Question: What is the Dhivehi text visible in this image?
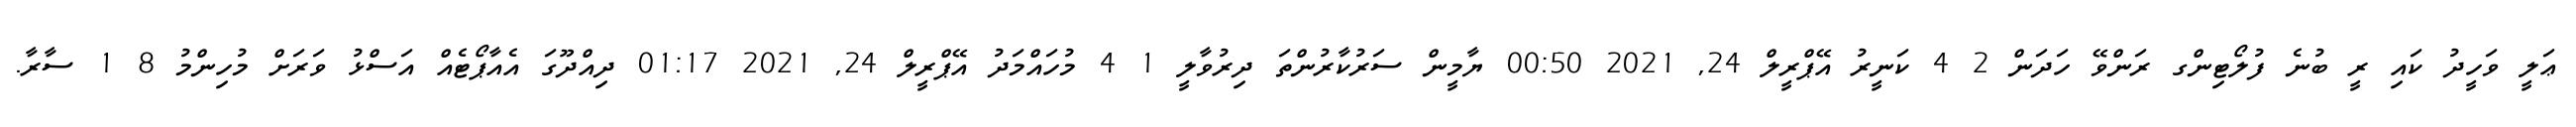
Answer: ޢަލީ ވަހީދު ކައި ރީ ބުނެ ފުލޯޓިންގ ރަންވޭ ހަދަން 2 4 ކަނީރު އޭޕްރީލް 24, 2021 00:50 ޔާމީން ސަރުކާރުންތަ ދިރުވާލީ 1 4 މުހައްމަދު އޭޕްރީލް 24, 2021 01:17 ދިއްދޫގަ އެއާޕޯޓެއް އަސްޅު ވަރަށް މުހިންމު 8 1 ސާރާ.